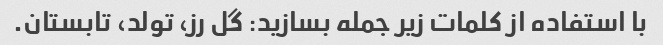
با استفاده از کلمات زیر جمله بسازید: گل رز، تولد، تابستان.